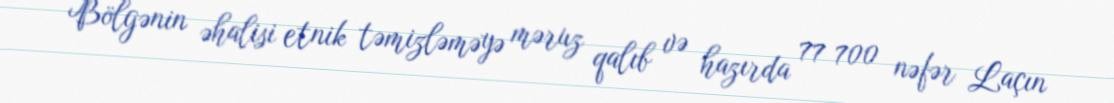
Bölgənin əhalisi etnik təmizləməyə məruz qalıb və hazırda 77 700 nəfər Laçın